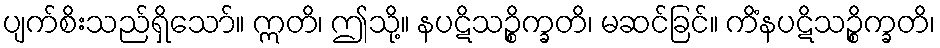
ပျက်စိးသည်ရှိသော်။ ဣတိ၊ ဤသို့။ နပဋိသဉ္စိက္ခတိ၊ မဆင်ခြင်။ ကိံနပဋိသဉ္စိက္ခတိ၊